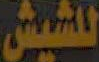
للشيش